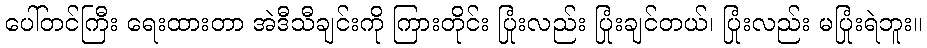
ပေါ်တင်ကြီး ရေးထားတာ အဲဒီသီချင်းကို ကြားတိုင်း ပြုံးလည်း ပြုံးချင်တယ်၊ ပြုံးလည်း မပြုံးရဲဘူး။